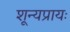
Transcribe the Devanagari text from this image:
शून्यप्रायः